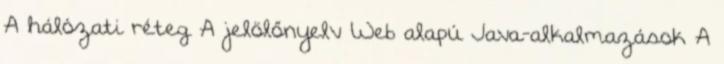
A hálózati réteg A jelölőnyelv Web alapú Java-alkalmazások A